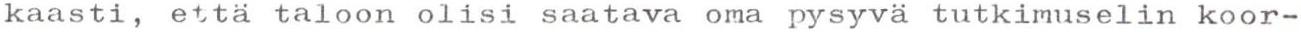
kaasti, että taloon olisi saatava oma pysyvä tutkimuselin koor-